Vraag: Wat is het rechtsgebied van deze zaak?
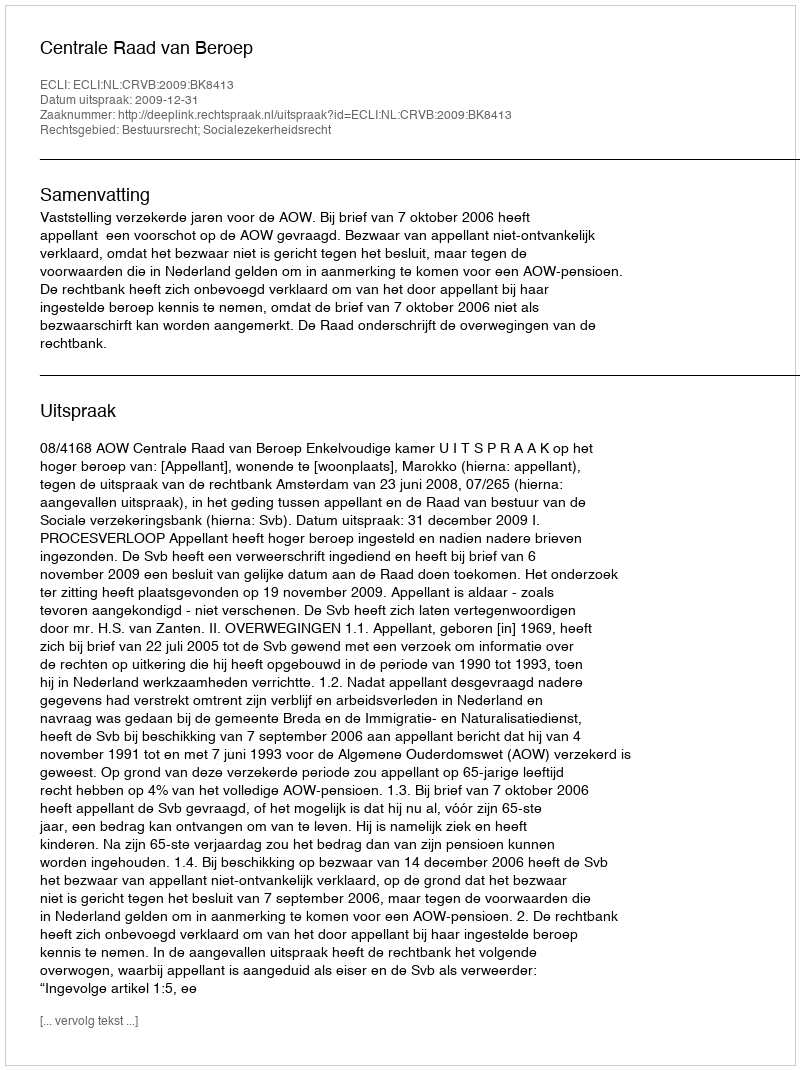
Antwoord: Bestuursrecht; Socialezekerheidsrecht